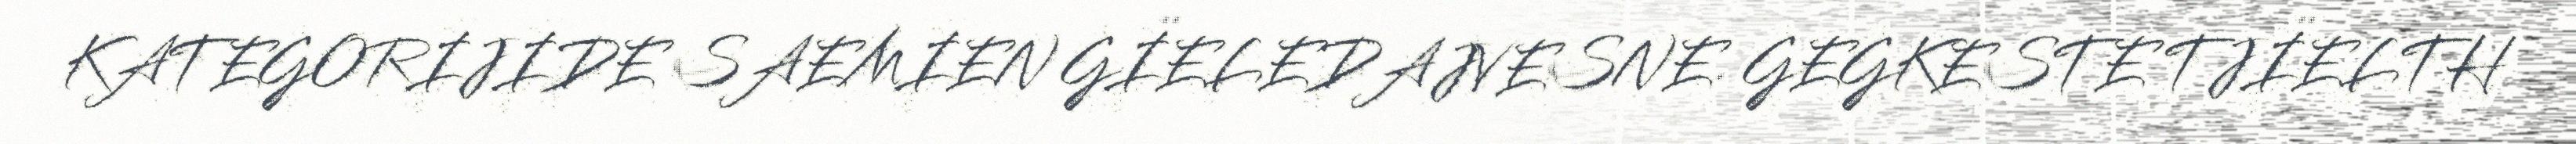
KATEGORIJIDE SAEMIEN GÏELEDAJVESNE. GEGKESTE TJÏELTH